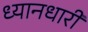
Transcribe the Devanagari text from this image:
ध्यानधारी